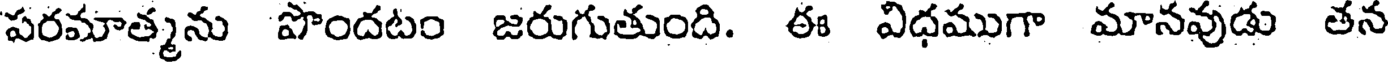
పరమాత్మను పొందటం జరుగుతుంది. ఈ విధముగా మానవుడు తన